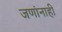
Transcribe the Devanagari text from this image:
जणांनाही